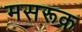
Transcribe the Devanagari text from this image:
मसरूक